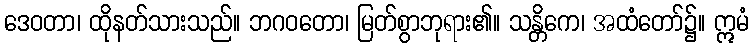
ဒေဝတာ၊ ထိုနတ်သားသည်။ ဘဂဝတော၊ မြတ်စွာဘုရား၏။ သန္တိကေ၊ အထံတော်၌။ ဣမံ